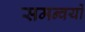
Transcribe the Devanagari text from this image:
समन्वयों